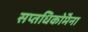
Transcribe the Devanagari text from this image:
सप्तधिकाॅेमेना